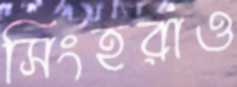
সিংহরাও